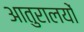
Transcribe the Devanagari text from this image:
आतुरालयों